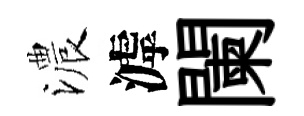
濃滹闌